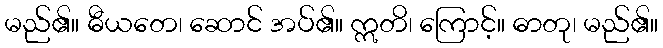
မည်၏။ ဓီယတေ၊ ဆောင် အပ်၏။ ဣတိ၊ ကြောင့်။ ဓာတု၊ မည်၏။